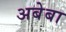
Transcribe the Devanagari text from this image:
अबेबा